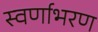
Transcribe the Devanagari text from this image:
स्वर्णाभरण